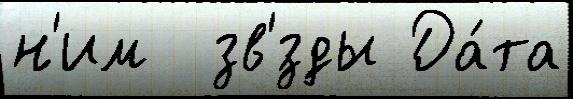
н'им  зв'́зды Да́та